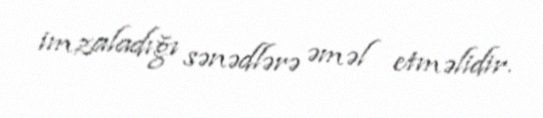
imzaladığı sənədlərə əməl etməlidir.